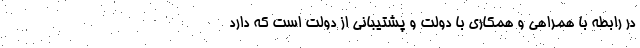
در رابطه با همراهی و همکاری با دولت و پشتیبانی از دولت است که دارد